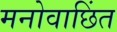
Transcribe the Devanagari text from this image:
मनोवाछिंत